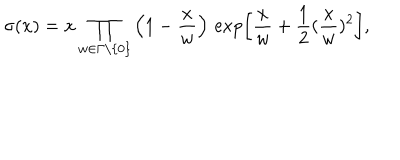
LaTeX: \sigma ( x ) = x \prod _ { w \in \Gamma \setminus \{ 0 \} } \left( 1 - \frac { x } { w } \right) \, \exp \left[ \frac { x } { w } + \frac { 1 } { 2 } ( \frac { x } { w } ) ^ { 2 } \right] ,